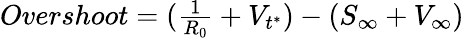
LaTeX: \begin{array}{r}{Overshoot=(\frac{1}{R_{0}}+V_{t^{*}})-(S_{\infty}+V_{\infty})}\end{array}